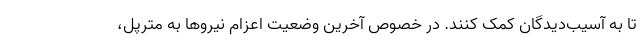
تا به آسیب‌دیدگان کمک کنند. در خصوص آخرین وضعیت اعزام نیروها به مترپل،